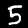
Digit: 5